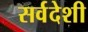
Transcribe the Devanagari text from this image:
सर्वदेशी